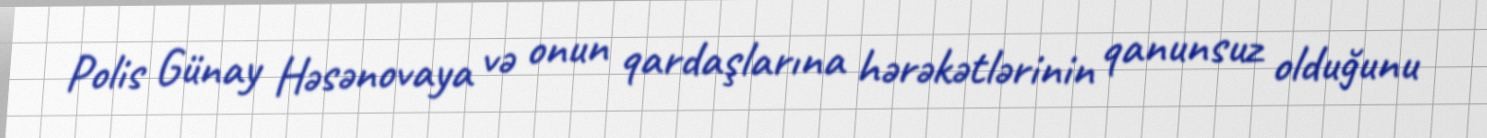
Polis Günay Həsənovaya və onun qardaşlarına hərəkətlərinin qanunsuz olduğunu